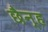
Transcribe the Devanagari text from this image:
छैन्ह